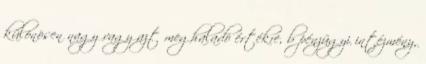
különösen nagy vagy azt meghaladó értékre, b pénzügyi intézmény,